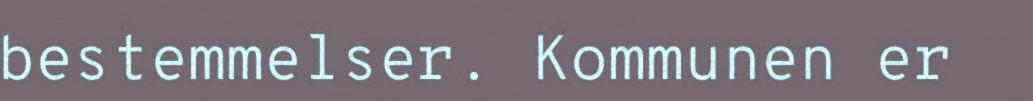
bestemmelser. Kommunen er